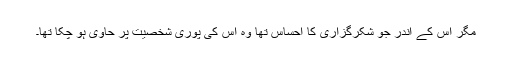
مگر اس کے اندر جو شکرگزاری کا احساس تھا وہ اس کی پوری شخصیت پر حاوی ہو چکا تھا۔